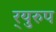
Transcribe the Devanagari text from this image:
र्‍युरुप